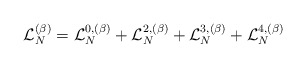
\begin{align*}\mathcal{L}_N^{(\beta)}= \mathcal{L}_N^{0,(\beta)}+\mathcal{L}_N^{2,(\beta)}+\mathcal{L}_N^{3,(\beta)}+\mathcal{L}_N^{4,(\beta)}\end{align*}